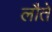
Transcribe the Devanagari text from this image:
लौते